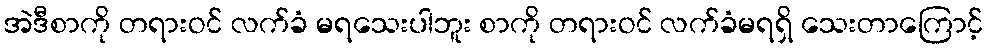
အဲဒီစာကို တရားဝင် လက်ခံ မရသေးပါဘူး စာကို တရားဝင် လက်ခံမရရှိ သေးတာကြောင့်